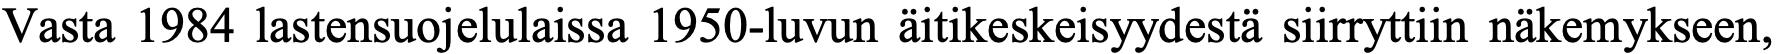
Vasta 1984 lastensuojelulaissa 1950-luvun äitikeskeisyydestä siirryttiin näkemykseen,